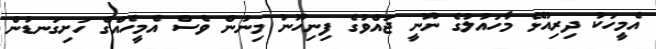
އެމީހަކު ދިރިއުޅޭ މާހައުލުގެ ނޫނީ ޖައްވުގެ ފިނިހޫނު މިނުން ވެސް އެމީހެއްގެ ހަށިގަނޑުން